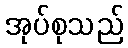
အုပ်စုသည်